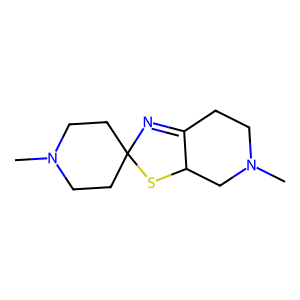
SMILES: CN1CCC2(CC1)N=C1CCN(C)CC1S2
Inhibits HIV replication: No